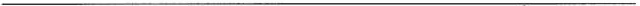
___